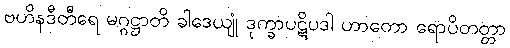
ဗဟိနဒီတီရေ မဂ္ဂဋ္ဌာတိ ခါဒေယျုံ ဒုက္ခာပဋိပဒါ ဟာတော ရောပိတတ္တာ